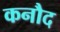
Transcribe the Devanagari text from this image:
कनौद